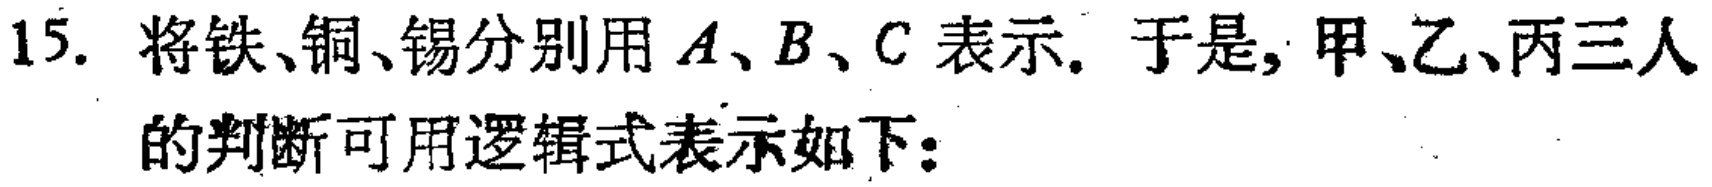
15. 将铁、铜、锡分别用\(A\)、\(B\)、\(C\)表示. 于是, 甲、乙、丙三人

的判断可用逻辑式表示如下：